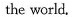
the world.